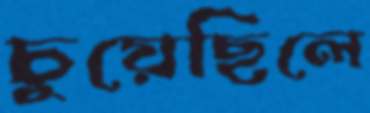
চুয়েছিলে